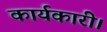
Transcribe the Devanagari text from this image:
कार्यकारी।